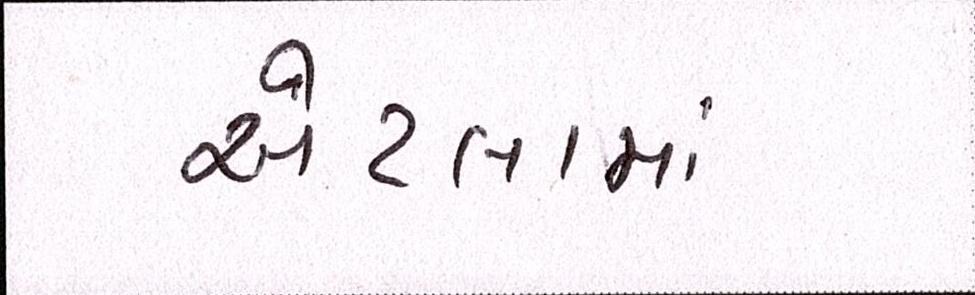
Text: એટલામાં